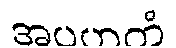
အပဟတံ